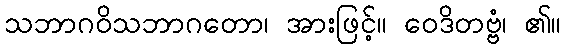
သဘာဂဝိသဘာဂတော၊ အားဖြင့်။ ဝေဒိတဗ္ဗံ၊ ၏။